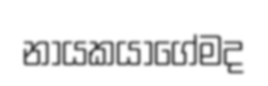
නායකයාගේමද